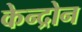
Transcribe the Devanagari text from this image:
केन्द्रोन